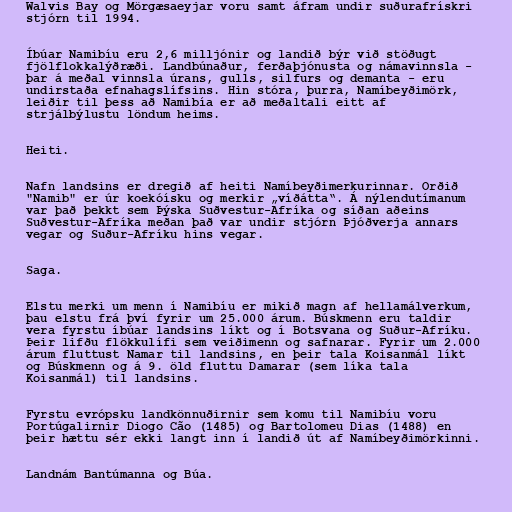
Walvis Bay og Mörgæsaeyjar voru samt áfram undir suðurafrískri
stjórn til 1994.

Íbúar Namibíu eru 2,6 milljónir og landið býr við stöðugt
fjölflokkalýðræði. Landbúnaður, ferðaþjónusta og námavinnsla -
þar á meðal vinnsla úrans, gulls, silfurs og demanta - eru
undirstaða efnahagslífsins. Hin stóra, þurra, Namíbeyðimörk,
leiðir til þess að Namibía er að meðaltali eitt af
strjálbýlustu löndum heims.

Heiti.

Nafn landsins er dregið af heiti Namíbeyðimerkurinnar. Orðið
"Namib" er úr koekóísku og merkir „víðátta“. Á nýlendutímanum
var það þekkt sem Þýska Suðvestur-Afríka og síðan aðeins
Suðvestur-Afríka meðan það var undir stjórn Þjóðverja annars
vegar og Suður-Afríku hins vegar.

Saga.

Elstu merki um menn í Namibíu er mikið magn af hellamálverkum,
þau elstu frá því fyrir um 25.000 árum. Búskmenn eru taldir
vera fyrstu íbúar landsins líkt og í Botsvana og Suður-Afríku.
Þeir lifðu flökkulífi sem veiðimenn og safnarar. Fyrir um 2.000
árum fluttust Namar til landsins, en þeir tala Koisanmál líkt
og Búskmenn og á 9. öld fluttu Damarar (sem líka tala
Koisanmál) til landsins.

Fyrstu evrópsku landkönnuðirnir sem komu til Namibíu voru
Portúgalirnir Diogo Cão (1485) og Bartolomeu Dias (1488) en
þeir hættu sér ekki langt inn í landið út af Namíbeyðimörkinni.

Landnám Bantúmanna og Búa.